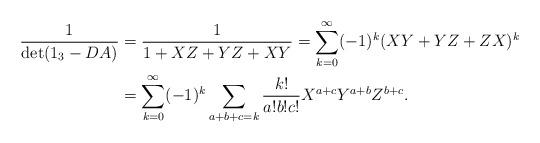
LaTeX: \begin{align*}\frac{1}{\det(1_3-DA)}&=\frac{1}{1+XZ+YZ+XY}=\sum_{k=0}^\infty(-1)^k(XY+YZ+ZX)^k\\&=\sum_{k=0}^\infty(-1)^k\sum_{a+b+c=k}\frac{k!}{a!b!c!}X^{a+c}Y^{a+b}Z^{b+c}.\end{align*}